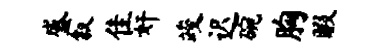
盛叙隹奸竣迟碗胸暇